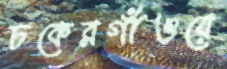
চকেরগাঁওয়ে